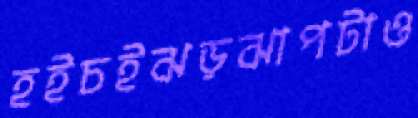
হইচইঝড়ঝাপটাও